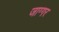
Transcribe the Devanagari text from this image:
जाग्गर